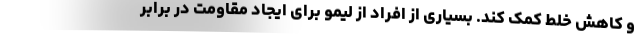
و کاهش خلط کمک کند. بسیاری از افراد از لیمو برای ایجاد مقاومت در برابر